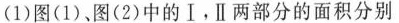
(1)图(1)，图(2)中的Ⅰ，Ⅱ两部分的面积分别